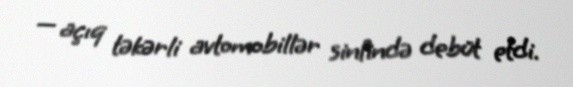
— açıq təkərli avtomobillər sinfində debüt etdi.